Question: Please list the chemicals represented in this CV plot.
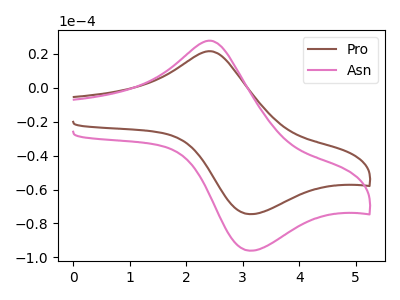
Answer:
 <answer>The brown curve is labeled "Pro". The pink curve is labeled "Asn".</answer>
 <eval></eval>